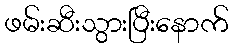
ဖမ်းဆီးသွားပြီးနောက်